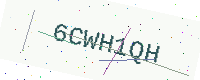
Text: 6CWH1QH